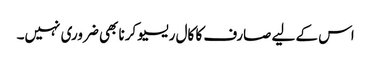
اس کے لیے صارف کا کال ریسیو کرنا بھی ضروری نہیں۔